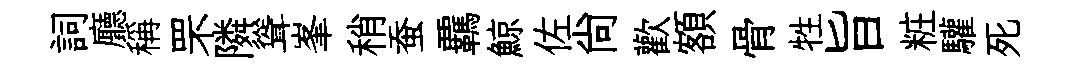
詞廳稱罘隣聳峯稍蚕覊鯨佐尚歡額骨牲旨粧驩死